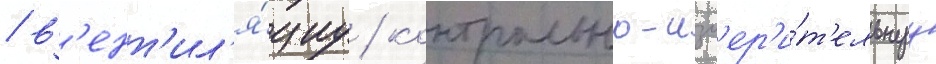
/ в'ент'ил'я́циу / контрольно-изм'ер'и́т'ельнуу